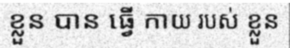
ខ្លួន បាន ធ្វើ កាយ របស់ ខ្លួន